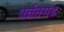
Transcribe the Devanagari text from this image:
पर्वतगड